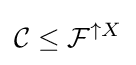
{\mathcal {C}}\leq {\mathcal {F}}^{\uparrow X}